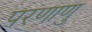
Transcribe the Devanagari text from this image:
परणाणु